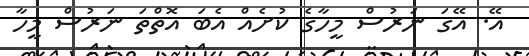
އޭ. އޭގަ ނަރުސް މީހާގެ ކުށެއް އެބަ އޮތްތަ ނަރުސް މީހާ